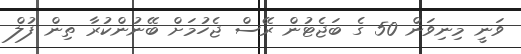
ވަނީ މިނިވަން 50 ގެ ބަޖެޓުން ރޭސް ޖެހުމަށް ބޭނުންކުރާ ތިން ފުލް